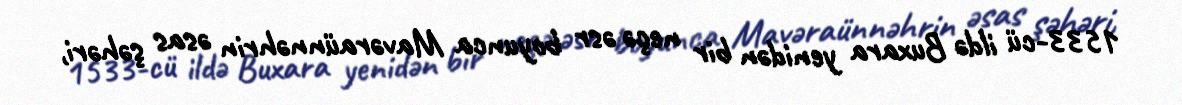
1533-cü ildə Buxara yenidən bir neçə əsr boyunca Mavəraünnəhrin əsas şəhəri,